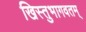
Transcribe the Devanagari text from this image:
खिस्तुभागवतम्